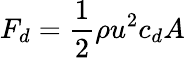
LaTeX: F_{d}={\frac{1}{2}}\rho u^{2}c_{d}A